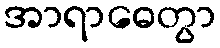
အာရာဓေတွာ